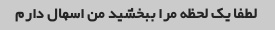
لطفا یک لحظه مرا ببخشید من اسهال دارم